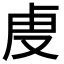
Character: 𮓚